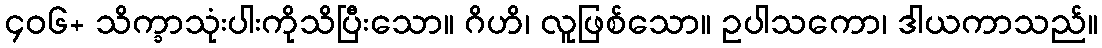
၄၀၆+ သိက္ခာသုံးပါးကိုသိပြီးသော။ ဂိဟိ၊ လူဖြစ်သော။ ဥပါသကော၊ ဒါယကာသည်။